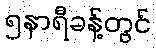
၅နာရီခန့်တွင်